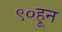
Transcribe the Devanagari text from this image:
९०हून